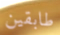
طابقين